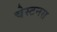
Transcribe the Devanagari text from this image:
चेस्टनस